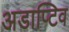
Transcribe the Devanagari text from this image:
अडाप्टिव